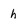
Character: h